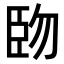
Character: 𫇅